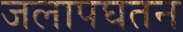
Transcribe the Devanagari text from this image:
जलापघतन